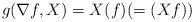
LaTeX: \begin{align*}g(\nabla f,X)=X(f)(=(Xf))\end{align*}